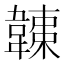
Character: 𩏏